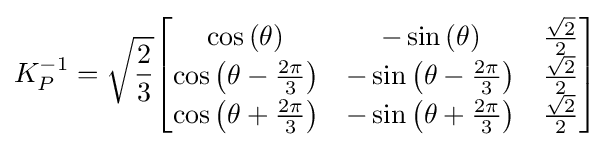
K_{P}^{-1}={\sqrt {\frac {2}{3}}}{\begin{bmatrix}\cos {\left(\theta \right)}&-\sin {\left(\theta \right)}&{\frac {\sqrt {2}}{2}}\\\cos {\left(\theta -{\frac {2\pi }{3}}\right)}&-\sin {\left(\theta -{\frac {2\pi }{3}}\right)}&{\frac {\sqrt {2}}{2}}\\\cos {\left(\theta +{\frac {2\pi }{3}}\right)}&-\sin {\left(\theta +{\frac {2\pi }{3}}\right)}&{\frac {\sqrt {2}}{2}}\end{bmatrix}}